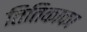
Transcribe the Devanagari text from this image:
तितिकाका